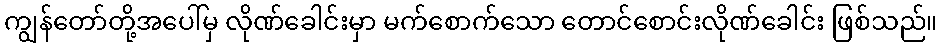
ကျွန်တော်တို့အပေါ်မှ လိုဏ်ခေါင်းမှာ မက်စောက်သော တောင်စောင်းလိုဏ်ခေါင်း ဖြစ်သည်။